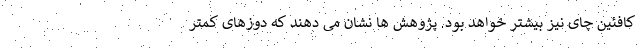
کافئین چای نیز بیشتر خواهد بود. پژوهش ها نشان می دهند که دوزهای کمتر